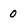
Character: 0